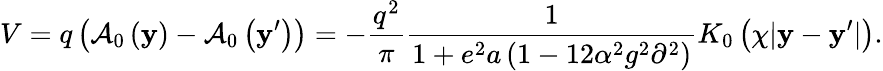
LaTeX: V=q\left({{\cal A}_{0}\left({\mathbf y}\right)-{\cal A}_{0}\left({{\mathbf y}^{\prime}}\right)}\right)=-\frac{{q^{2}}}{\pi}\frac{1}{{1+e^{2}a\left({1-12\alpha^{2}g^{2}\partial^{2}}\right)}}K_{0}\left({\chi|{\mathbf y}-{\mathbf y}^{\prime}|}\right).